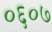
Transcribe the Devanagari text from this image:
०६०७